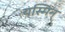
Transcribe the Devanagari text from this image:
यस्मिन्‌